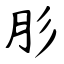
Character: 肜